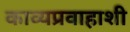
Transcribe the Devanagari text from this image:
काव्यप्रवाहाशी